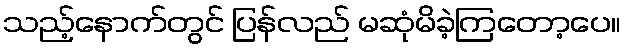
သည့်နောက်တွင် ပြန်လည် မဆုံမိခဲ့ကြတော့ပေ။